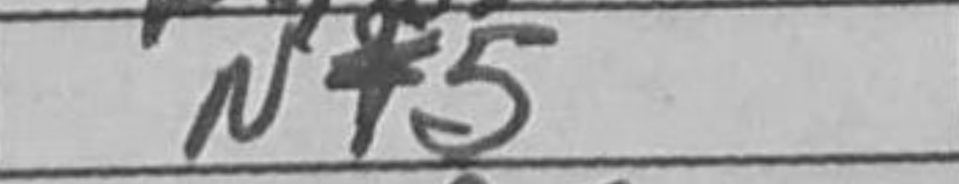
Transcription: Nf5